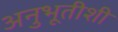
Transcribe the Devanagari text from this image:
अनुभूतीशी